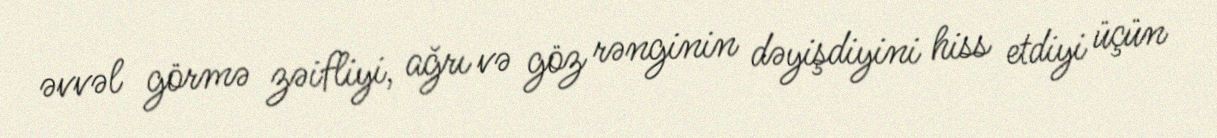
əvvəl görmə zəifliyi, ağrı və göz rənginin dəyişdiyini hiss etdiyi üçün